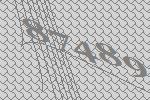
87489